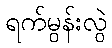
ရက်မွန်းလွဲ